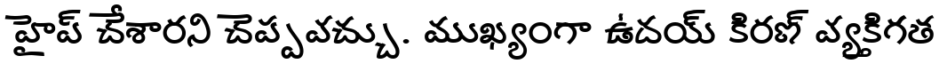
హైప్ చేశారని చెప్పవచ్చు. ముఖ్యంగా ఉదయ్ కిరణ్ వ్యక్తిగత